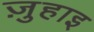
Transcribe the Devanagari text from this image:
ज़ुहाइ